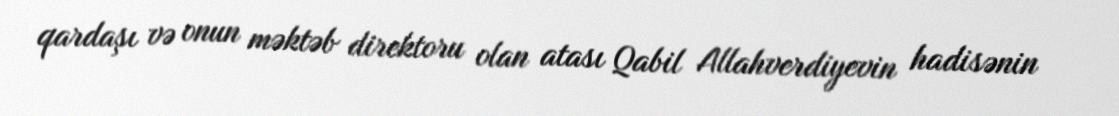
qardaşı və onun məktəb direktoru olan atası Qabil Allahverdiyevin hadisənin